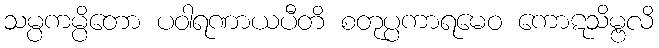
သမ္ပကမ္ပိတော ပဝါရဏာယပီတိ စတုပ္ပကာရမေဝ ကောဋသိမ္ဗလိ